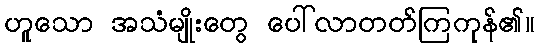
ဟူသော အသံမျိုးတွေ ပေါ်လာတတ်ကြကုန်၏။